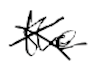
Text: the
Cross-out: cross
Writing tool: digital_black